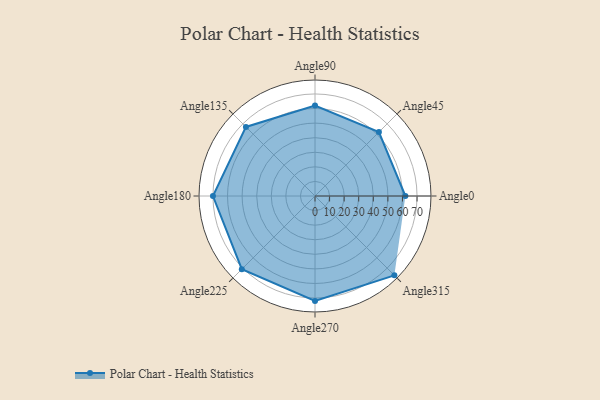
{"axis": {"x": "Angle", "y": "Radius"}, "legend": [""], "data": [{"x": "Angle0", "y": 62.0, "type": ""}, {"x": "Angle45", "y": 62.0, "type": ""}, {"x": "Angle90", "y": 62.0, "type": ""}, {"x": "Angle135", "y": 67.0, "type": ""}, {"x": "Angle180", "y": 70.0, "type": ""}, {"x": "Angle225", "y": 71.0, "type": ""}, {"x": "Angle270", "y": 72.0, "type": ""}, {"x": "Angle315", "y": 77.0, "type": ""}]}